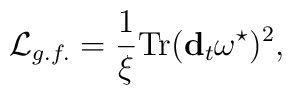
{\cal L}_{g.f.} = \frac{1}{\xi} {\rm Tr} ( {\bf d}_{t} \omega^{\star})^2,